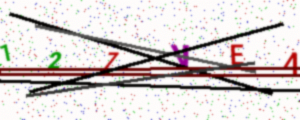
Text: 127VE4